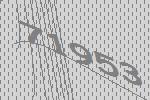
71953